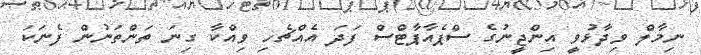
ނިމާލް ވިދާޅުވީ އިންޖީނުގެ ސްޕެއާޕާޓްސް ފަދަ އެއްޗެހި ވިއްކާ ގިނަ ތަންތަނުން ފެނަކަ